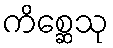
ကိစ္ဆေသု